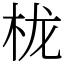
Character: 栊